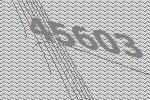
45603